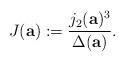
LaTeX: \begin{align*}J (\mathbf{a}) := \frac{j_2(\mathbf{a})^3}{\Delta(\mathbf{a})}.\end{align*}